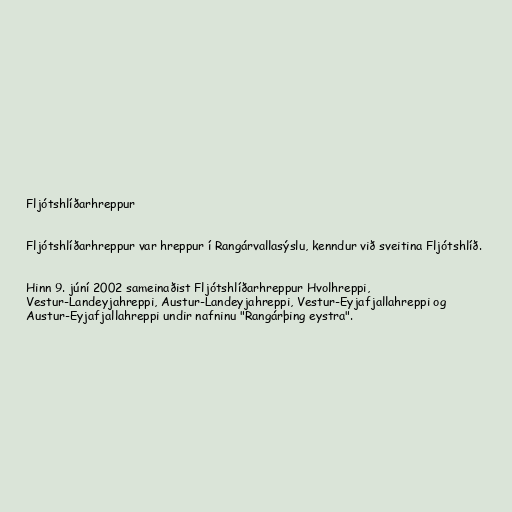
Fljótshlíðarhreppur

Fljótshlíðarhreppur var hreppur í Rangárvallasýslu, kenndur við sveitina Fljótshlíð.

Hinn 9. júní 2002 sameinaðist Fljótshlíðarhreppur Hvolhreppi,
Vestur-Landeyjahreppi, Austur-Landeyjahreppi, Vestur-Eyjafjallahreppi og
Austur-Eyjafjallahreppi undir nafninu "Rangárþing eystra".